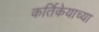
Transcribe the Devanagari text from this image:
कर्तिकेयाच्या